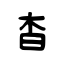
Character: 杳